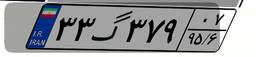
۴۵گ۲۷۷۰۰